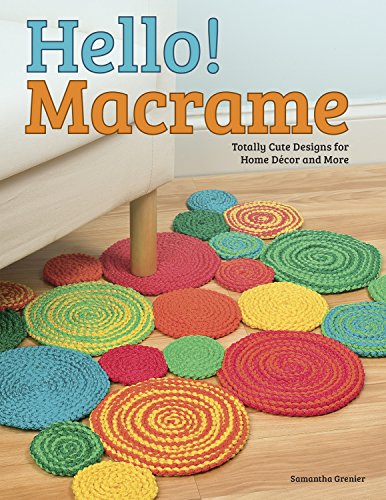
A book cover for Hello! Macrame: Totally Cute Designs for Home Decor and More (Design Originals); Samantha Grenier; Crafts, Hobbies & Home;